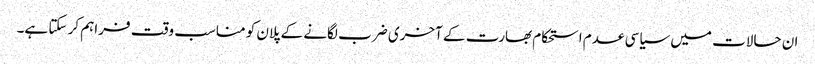
ان حالات میں سیاسی عدم استحکام بھارت کے آخری ضرب لگانے کے پلان کو مناسب وقت فراہم کر سکتا ہے۔